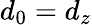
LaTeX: d_{0}=d_{z}